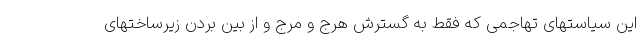
این سیاستهای تهاجمی که فقط به گسترش هرج و مرج و از بین بردن زیرساختهای